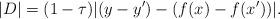
LaTeX: \begin{align*} |D| = (1-\tau) |(y - y') - (f(x) - f(x'))|.\end{align*}